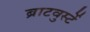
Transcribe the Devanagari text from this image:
ब्राटवुर्स्टे